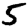
Digit: 5